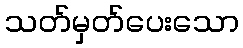
သတ်မှတ်ပေးသော